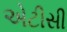
એટીસી